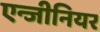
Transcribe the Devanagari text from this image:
एन्जीनियर